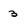
Character: 3